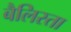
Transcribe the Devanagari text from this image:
बैलिस्ता